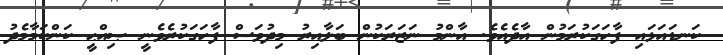
ކަނޑައަޅައި ފާހަގަކުރަމުން އާދެއެވެ. އާންމު ނަޒަރަކުން ބަލާއިރު މިދުވަސް ފާހަގަކުރެވެނީ ޞިއްޙީ ކަންކަމާމެދު